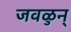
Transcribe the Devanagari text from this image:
जवळुन्